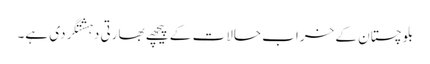
بلوچستان کے خراب حالات کے پیچھے بھارتی دہشتگردی ہے۔